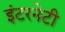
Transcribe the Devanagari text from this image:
इंटरनेटी